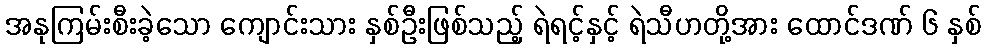
အနုကြမ်းစီးခဲ့သော ကျောင်းသား နှစ်ဦးဖြစ်သည့် ရဲရင့်နှင့် ရဲသီဟတို့အား ထောင်ဒဏ် ၆ နှစ်